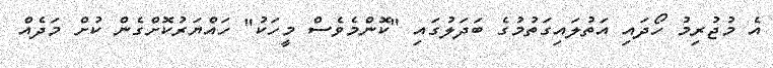
އެ މުޖުރިމު ހޯދައި އަތުލައިގަތުމުގެ ބަދަލުގައި "ކޮންމެވެސް މީހަކު" ހައްޔަރުކޮށްގެން ކުށް މަދެއް